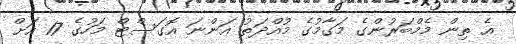
އެ ތިން މެމްބަރުންގެ މަގާމުގެ މުއްދަތު އަންނަ އޮގަސްޓް މަހުގެ 17 އަށް